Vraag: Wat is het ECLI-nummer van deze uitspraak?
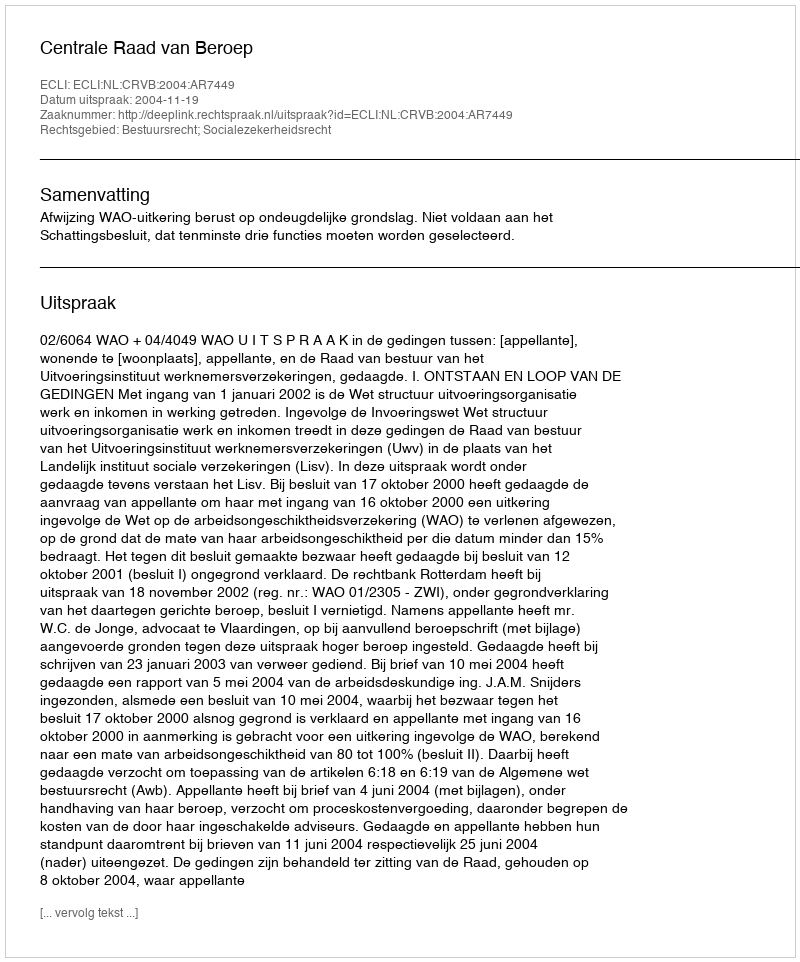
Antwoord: ECLI:NL:CRVB:2004:AR7449